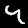
Digit: 4